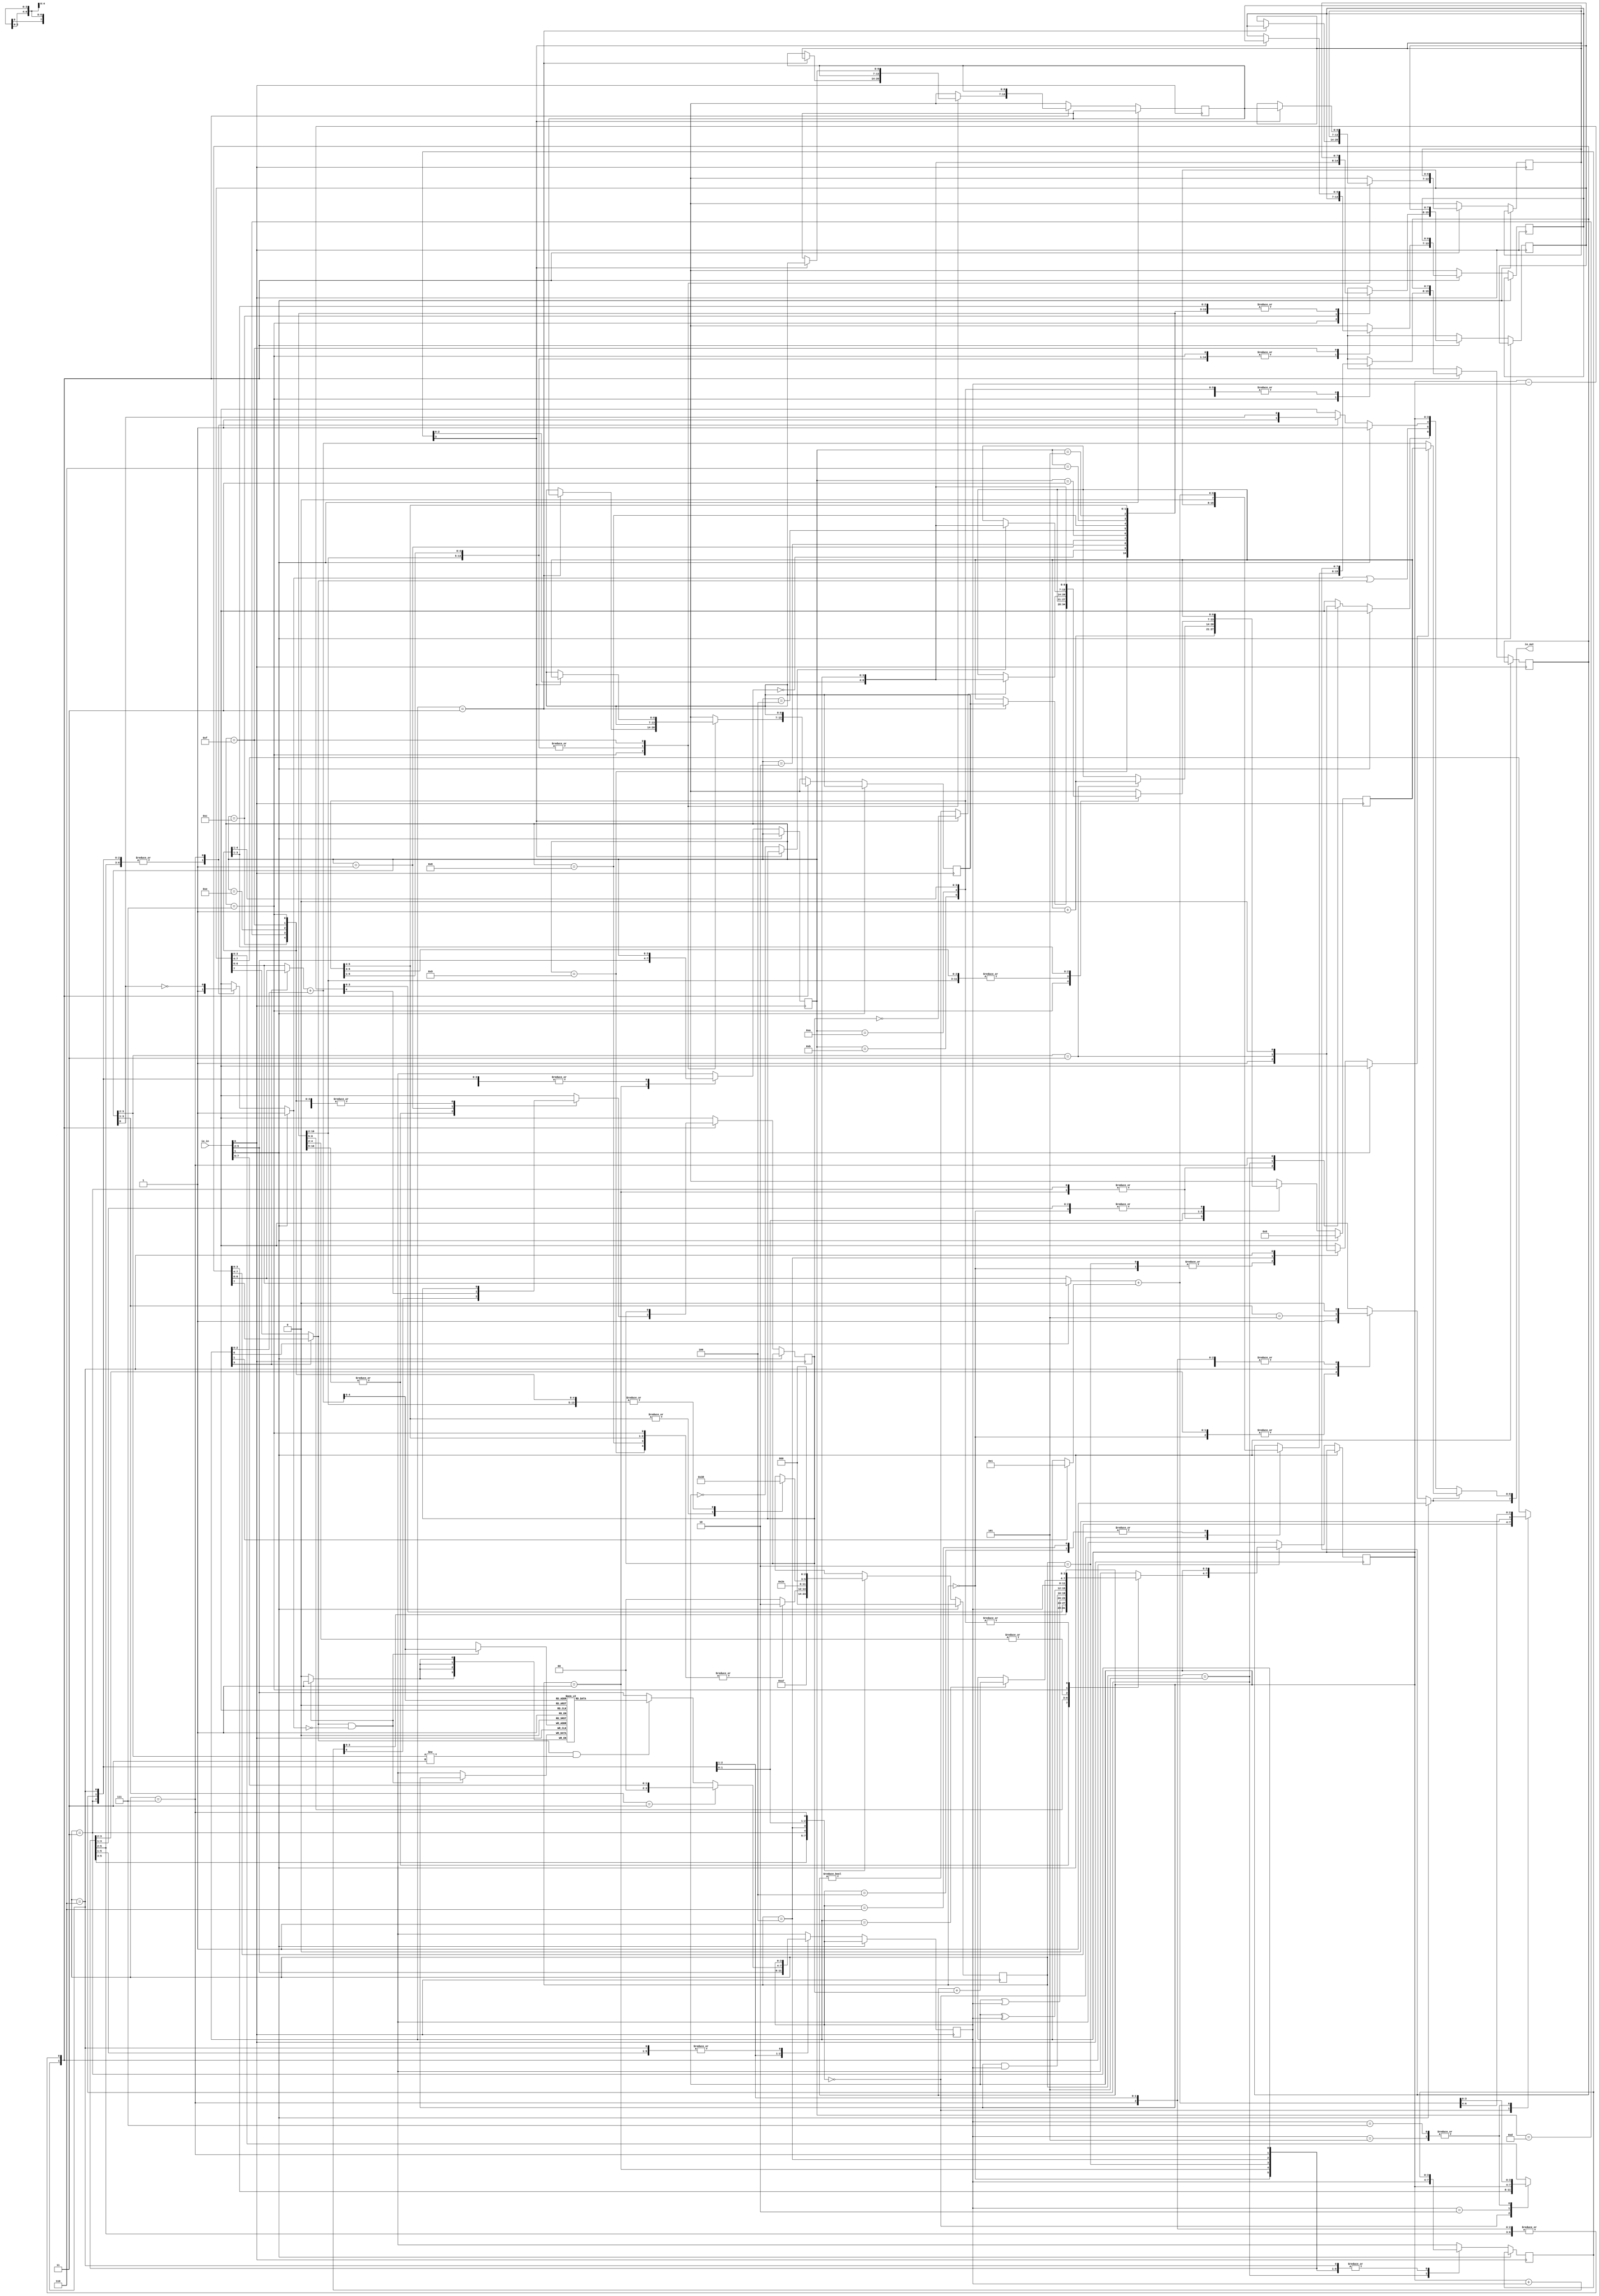
module moonbase_cpu_4bit #(parameter MAX_COUNT=1000) (input [7:0] io_in, output [7:0] io_out);
   
	//
	//	External interfacex
	//
	//	external address latch
	//		the external 7 bit address latch is loaded from io_out[6:0] when io_out[7] is 1	
	//	external SRAM (eg MWS5101AEL3):
	//		the external RAM always produces what is at the latch's addresses on io_in[5:2]
	//		the external SRAM is written when io_out[7] is 0 and io_out[5] is 0
	//		io_out[6] can be used as an extra address bit to split the address space between
	//			code (1) and data (0) to use a 256-nibble sram (woot!)
	//  external devices:
	//		external devices can be read from io_in[7:6] (at address pointed to by the address latch)
	//		external devices can be written from io_out[3:0] (at address pointed to by the address latch)
	//			when io_out[7] is 0 and io_out[4] is 0
	//
	//
	//	SRAM address space (data accesses):
	//		0-127	external
	//		128-131 internal	(internal ram cells, for filling up the die :-)
	//

	localparam N_LOCAL_RAM = 24;
     
    wire clk			= io_in[0];
    wire reset			= io_in[1];
    wire [3:0]ram_in	= io_in[5:2];
    wire [1:0]data_in	= io_in[7:6];
    
    reg       strobe_out;	// address strobe		- designed to be wired to a 7 bit latch and a MWS5101AEL3
    reg       write_data_n;	// write enable for data
    reg       write_ram_n;	// write enable for ram
    reg	      addr_pc;
    reg	      data_pc;
	wire [6:0]data_addr = ((r_tmp[3]?r_y[6:0]:r_x[6:0])+{4'b000, r_tmp[2:0]});
	wire	  is_local_ram = (r_tmp[3]?r_y[7]:r_x[7]);
	wire	  write_local_ram = is_local_ram & !write_ram_n;
	wire [$clog2(N_LOCAL_RAM)-1:0]local_ram_addr = data_addr[$clog2(N_LOCAL_RAM)-1:0];
    wire [6:0]addr_out = addr_pc ? r_pc : data_addr;							// address out mux (PC or X/Y+off)
    assign    io_out   = {strobe_out, strobe_out? addr_out : {data_pc, write_ram_n|is_local_ram, write_data_n, r_a}};  // mux address and data out

    reg  [6:0]r_pc, c_pc;	// program counter	// actual flops in the system 
    reg  [7:0]r_x, c_x;		// x index register	// by convention r_* is a flop, c_* is the combinatorial that feeds it
    reg  [7:0]r_y, c_y;		// y index register
    reg  [3:0]r_a, c_a;		// accumulator
    reg       r_c, c_c;		// carry flag
    reg  [3:0]r_tmp2, c_tmp2;// operand temp (high)
    reg  [3:0]r_tmp,  c_tmp;// operand temp (low)
	reg  [6:0]r_s0,   c_s0;	// call stack
	reg  [6:0]r_s1,   c_s1;
	reg  [6:0]r_s2,   c_s2;
	reg  [6:0]r_s3,   c_s3;

    //
    //	phase:
    //		0 - instruction fetch addr
    //		1 - instruction fetch data
    //		2 - const fetch addr 
    //		3 - const fetch data 
    //		4 - data/const fetch addr 
    //		5 - data/const fetch data 
    //		6 - execute/data store addr
    //		7 - data store data (might not do this)
    //
    reg [2:0]r_phase, c_phase;	// CPU internal state machine
	

    // instructions
    //
    //  0 v:	add a, v(x/y)	- sets C
    //  1 v: 	sub a, v(x/y)	- sets C
    //  2 v:	or a, v(x/y)
    //  3 v:	and a, v(x/y)
    //  4 v:	xor a, v(x/y)
    //  5 v:	mov a, v(x/y)
    //  6 v:	movd a, v(x/y)
    //  7 0:	swap x, y
    //	  1:    add a, c
    //	  2:    mov x.l, a
    //	  3:    ret
	//    4:    add y, a
    //	  5:    add x, a
	//    6:    add y, #1
	//    7:    add x, #1
    //	8 v:	mov a, #v
    //  9 v:	add a, #v 
    //  a v:	movd v(x/y), a
    //  b v:	mov  v(x/y), a
    //  c h l:	mov x, #hl
    //  d h l:	jne a/c, hl	if h[3] the test c otherwise test a
    //  e h l:	jeq a/c, hl	if h[3] the test c otherwise test a
    //  f h l:	jmp/call hl
    //
    //  Memory access - addresses are 7 bits - v(X/y) is a 3-bit offset v[2:0]
    //  	if  v[3] it's Y+v[2:0]
    //  	if !v[3] it's X+v[2:0]
    //
    //	The general idea is that X normally points to a bank of in sram 8 'registers',
    //		a bit like an 8051's r0-7, while X is a more general index register
	//		(but you can use both if you need to do	some copying)
    //		

    reg  [3:0]r_ins, c_ins;	// fetched instruction

	wire [4:0]c_add = {1'b0, r_a}+{1'b0, r_tmp};	// ALUs
	wire [4:0]c_sub = {1'b0, r_a}-{1'b0, r_tmp};
	wire [6:0]c_i_add = (r_tmp[0]?r_x:r_y)+(r_tmp[1]?7'b1:{3'b0, r_a});
	wire [6:0]c_pc_inc = r_pc+1;

	
	reg	 [3:0] r_local_ram[0:N_LOCAL_RAM-1];

	wire [3:0] local_ram = r_local_ram[local_ram_addr];
	always @(posedge clk)
	if (write_local_ram)
		r_local_ram[local_ram_addr] <= r_a;

    always @(*) begin
		c_ins  = r_ins;	
		c_x    = r_x;
		c_y    = r_y;
		c_a    = r_a;
		c_s0   = r_s0;
		c_s1   = r_s1;
		c_s2   = r_s2;
		c_s3   = r_s3;
		c_tmp  = r_tmp;
		c_tmp2 = r_tmp2;
		c_pc   = r_pc;
		c_c    = r_c;
		write_data_n = 1;
		write_ram_n = 1;
		addr_pc = 'bx;
		data_pc = 'bx;
    	if (reset) begin	// reset clears the state machine and sets PC to 0
			c_pc = 0;
			c_phase = 0;
			strobe_out = 1;
    	end else 
    	case (r_phase) // synthesis full_case parallel_case
    	0:	begin					// 0: address latch instruction PC
				strobe_out = 1;
				addr_pc = 1;
				c_phase = 1;
			end
    	1:	begin					// 1: read data in
				strobe_out = 0;
				data_pc = 1;
				c_ins = ram_in;
				c_pc = c_pc_inc;
				c_phase = 2;
			end
		2:	begin
				strobe_out = 1;			// 2: address latch operand PC
				addr_pc = 1;
				c_phase = 3;
			end
		3:	begin
				strobe_out = 0;			// 3: read operand
				c_tmp = ram_in;
				c_pc = c_pc_inc;
				data_pc = 1;
				case (r_ins) // synthesis full_case parallel_case
				7, 8, 9, 10, 11: c_phase = 6;// some instructions don't have a 2nd fetch
				default:	     c_phase = 4;
				endcase
			end
		4:	begin						// 4 address latch for next operand  
				strobe_out = 1;
				addr_pc = r_ins[3:2] == 3;	// some instructions read a 2nd operand, the rest the come here read a memory location
				c_phase = 5;
			end
		5:	begin						// 5 read next operand
				strobe_out = 0;
				data_pc = r_ins[3:2] == 3;
				c_tmp2 = r_tmp;				// low->high for 2 byte cases
				c_tmp = (r_ins[3:1] == 3?{2'b0,data_in}:is_local_ram&&r_ins[3:2] != 3?local_ram:ram_in);	// read the actial data, movd comes from upper bits
				if (r_ins[3:2] == 3)		// if we fetched from PC increment it
					c_pc = c_pc_inc;
				c_phase = 6;
			end
		6:	begin						// 6 execute stage 
				strobe_out = r_ins[3:1] == 5;	// if writing to anything latch address
				addr_pc = 0;
				c_phase = 0;					// if not writing go back
				case (r_ins)// synthesis full_case parallel_case
				0,												// add  a, v(x)
				9:	begin c_c = c_add[4]; c_a = c_add[3:0]; end	// add  a, #v
				1:	begin c_c = c_sub[4]; c_a = c_sub[3:0]; end	// sub  a, v(x)
				2:	c_a = r_a|r_tmp;							// or   a, v(x)
				3:	c_a = r_a&r_tmp;							// sub  a, v(x)
				4:	c_a = r_a^r_tmp;							// xor  a, v(x)
				5,												// mov  a, v(x)
				6,												// movd a, v(x)
				8:	c_a = r_tmp;								// mov  a, #v
				7:	case (r_tmp) // synthesis full_case parallel_case
    				0: begin c_x = r_y; c_y = r_x; end			// 0    swap  y, x
					1: c_a = r_a+{3'b000, r_c};					// 1	add   a, c
    				2: c_x[3:0] = r_a;							// 2    mov   x.l, a
    				3: begin									// 3    ret
							c_pc = r_s0;
							c_s0 = r_s1;
							c_s1 = r_s2;
							c_s2 = r_s3;
					   end
					4: c_y = c_i_add;							// 4    add   y, a
					5: c_x = c_i_add;							// 5    add   x, a
					6: c_y = c_i_add;							// 6    add   y, #1
					7: c_x = c_i_add;							// 7    add   y, #1
					default: ;
					endcase
				10,												// movd v(x), a
				11:	c_phase = 7;								// mov  v(x), a
				12:	c_x  = {r_tmp2, r_tmp};						// mov  x, #VV
				13:	c_pc = (r_tmp2[3]?!r_c : r_a != 0) ? {r_tmp2[2:0], r_tmp} : r_pc; // jne	a/c, VV
				14:	c_pc = (r_tmp2[3]? r_c : r_a == 0) ? {r_tmp2[2:0], r_tmp} : r_pc; // jeq        a/c, VV
				15:	begin c_pc = {r_tmp2[2:0], r_tmp};				// jmp  VV
						if (r_tmp2[3]) begin	// call
							c_s0 = r_pc;
							c_s1 = r_s0;
							c_s2 = r_s1;
							c_s3 = r_s2;
						end
					end
				endcase
			end
		7:	begin						// 7 write data stage - assert appropriate write strobe
				strobe_out = 0;
				data_pc = 0;
				write_data_n =  r_ins[0];
				write_ram_n  = ~r_ins[0];
				c_phase = 0;
			end
    	endcase
    end

    always @(posedge clk) begin
		r_a     <= c_a;
		r_c     <= c_c;
		r_x     <= c_x;
		r_y     <= c_y;
		r_ins   <= c_ins;
		r_tmp   <= c_tmp;
		r_tmp2  <= c_tmp2;
		r_pc    <= c_pc;
		r_phase <= c_phase;
		r_s0    <= c_s0;
		r_s1    <= c_s1;
		r_s2    <= c_s2;
		r_s3    <= c_s3;
    end

endmodule